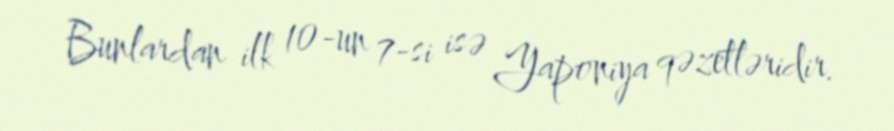
Bunlardan ilk 10-un 7-si isə Yaponiya qəzetləridir.